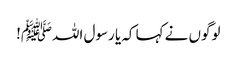
لوگوں نے کہا کہ یا رسول اللہﷺ!